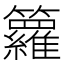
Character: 籮